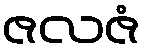
ဇလဇံ